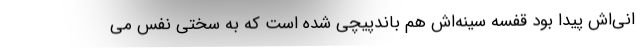
انی‌اش پیدا بود قفسه سینه‌اش هم باندپیچی شده است که به سختی نفس می